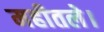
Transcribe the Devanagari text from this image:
महीतले।